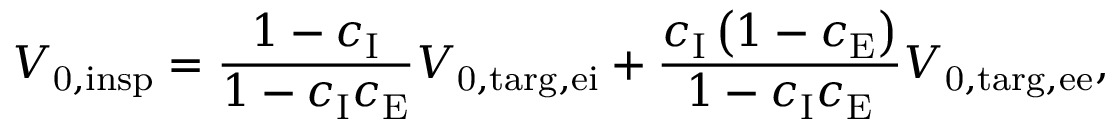
V _ { \mathrm { 0 , i n s p } } = \frac { 1 - c _ { \mathrm { I } } } { 1 - c _ { \mathrm { I } } c _ { \mathrm { E } } } V _ { \mathrm { 0 , t a r g , e i } } + \frac { c _ { \mathrm { I } } \left( 1 - c _ { \mathrm { E } } \right) } { 1 - c _ { \mathrm { I } } c _ { \mathrm { E } } } V _ { \mathrm { 0 , t a r g , e e } } ,